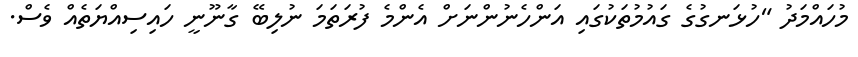
މުހައްމަދު "ހުޅަނގުގެ ގައުމުތަކުގައި އަންހެނުންނަށް އެންމެ ފުރަތަމަ ނުލިބޭ ގާނޫނީ ހައިސިއްޔަތެއް ވެސް.